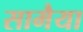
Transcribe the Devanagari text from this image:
सामैया